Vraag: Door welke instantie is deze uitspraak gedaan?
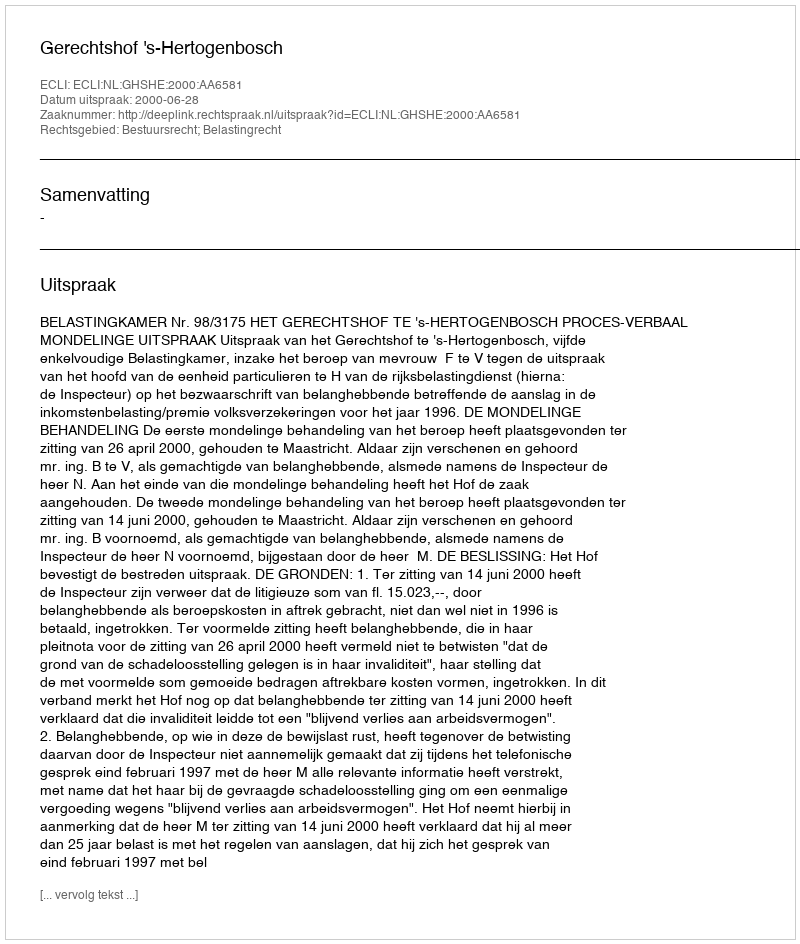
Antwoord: Gerechtshof 's-Hertogenbosch